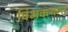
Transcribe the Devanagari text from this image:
विभक्त्यन्त